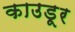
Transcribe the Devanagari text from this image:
काउडूर